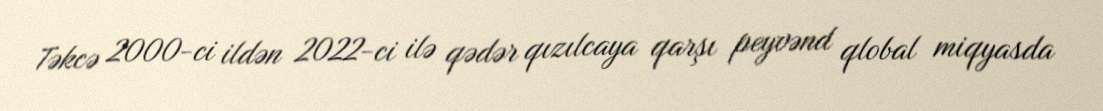
Təkcə 2000-ci ildən 2022-ci ilə qədər qızılcaya qarşı peyvənd qlobal miqyasda